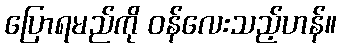
ပြောရမည်ကို ဝန်လေးသည့်ဟန်။